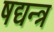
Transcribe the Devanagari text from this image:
षद्यन्त्र